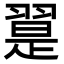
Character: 翨